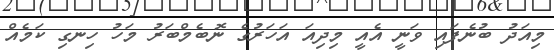
މިއަދު ބުނެފައި ވަނީ އެއީ މިދިއަ އަހަރުގެ ނޮބެމްބަރު މަހު ހިނގި ކަމެއް